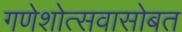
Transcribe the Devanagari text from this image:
गणेशोत्सवासोबत